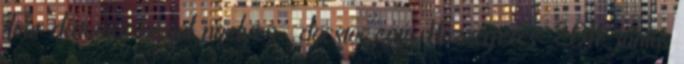
Tour dátumai angol nyelven . docstoc.com. Hozzáférés: 2011. június